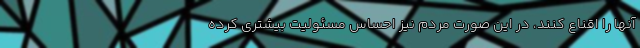
آنها را اقناع کنند، در این صورت مردم نیز احساس مسئولیت بیشتری کرده